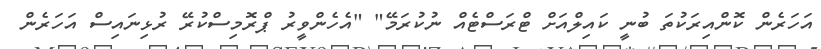
އަހަރެން ކޮންއިރަކުތަ ބުނީ ކައިލްއަށް ޓްރަސްޓެއް ނުކުރަމޭ" "އެހެންވީރު ޕްރޮމިސްކުރޭ ރުޅިނައިސް އަހަރެން